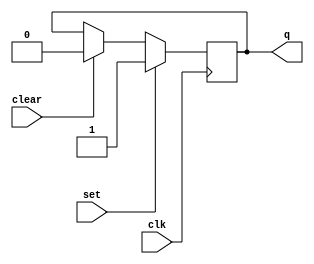
module sc_reg(clk, set, clear, q);
    input clk;
    input set;
    input clear;
    output q;

    reg bit = 0;

    assign q = bit;

    always @(posedge clk) begin
        if (set)
            bit <= 1;
        else if (clear)
            bit <= 0;
    end

endmodule